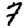
Digit: 7